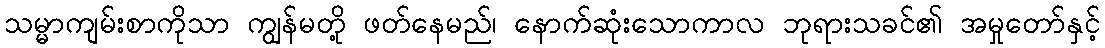
သမ္မာကျမ်းစာကိုသာ ကျွန်မတို့ ဖတ်နေမည်၊ နောက်ဆုံးသောကာလ ဘုရားသခင်၏ အမှုတော်နှင့်